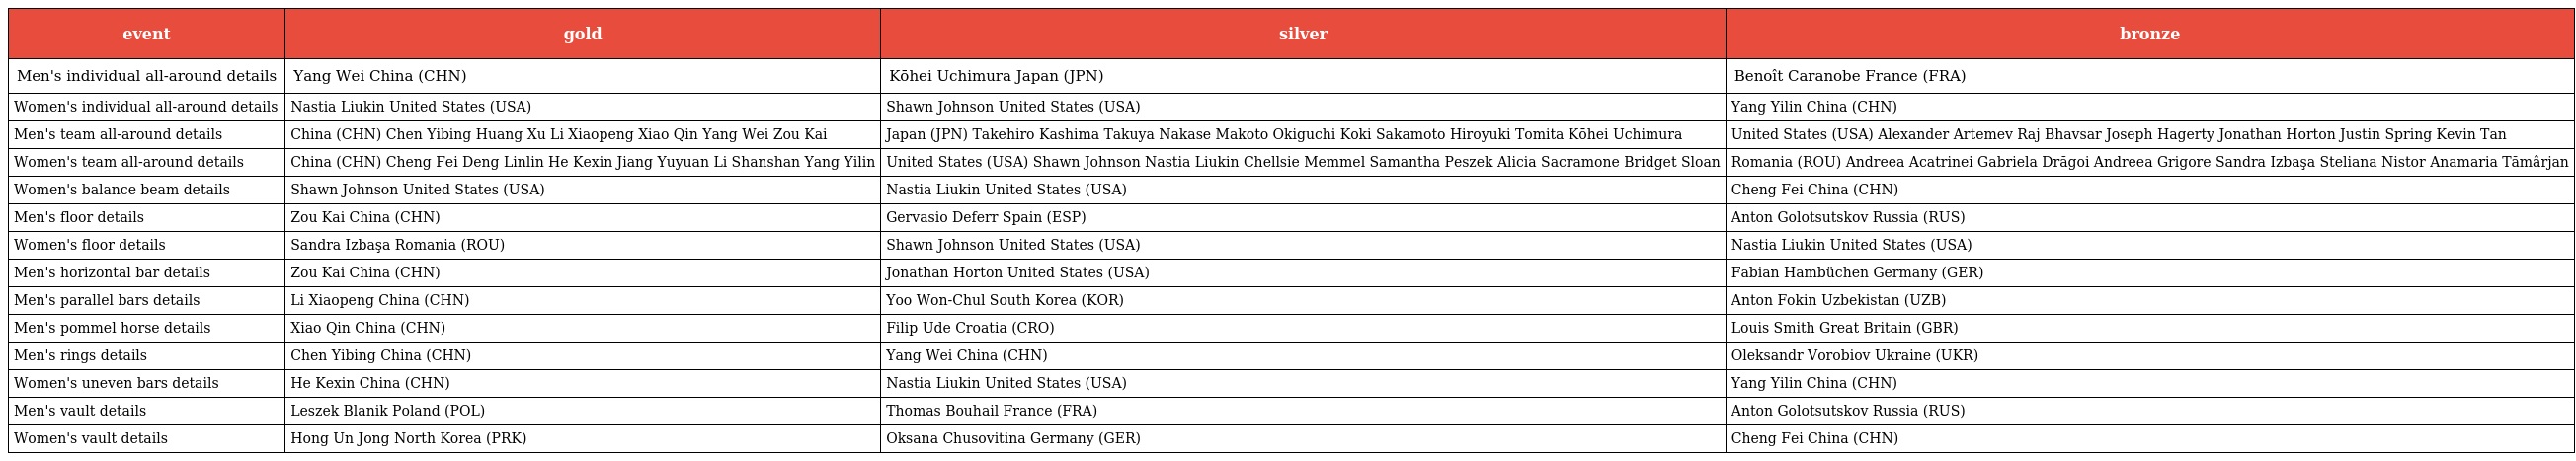
| event | gold | silver | bronze |
 | --- | --- | --- | --- |
 | Men's individual all-around details | Yang Wei China (CHN) | Kōhei Uchimura Japan (JPN) | Benoît Caranobe France (FRA) |
 | Women's individual all-around details | Nastia Liukin United States (USA) | Shawn Johnson United States (USA) | Yang Yilin China (CHN) |
 | Men's team all-around details | China (CHN) Chen Yibing Huang Xu Li Xiaopeng Xiao Qin Yang Wei Zou Kai | Japan (JPN) Takehiro Kashima Takuya Nakase Makoto Okiguchi Koki Sakamoto Hiroyuki Tomita Kōhei Uchimura | United States (USA) Alexander Artemev Raj Bhavsar Joseph Hagerty Jonathan Horton Justin Spring Kevin Tan |
 | Women's team all-around details | China (CHN) Cheng Fei Deng Linlin He Kexin Jiang Yuyuan Li Shanshan Yang Yilin | United States (USA) Shawn Johnson Nastia Liukin Chellsie Memmel Samantha Peszek Alicia Sacramone Bridget Sloan | Romania (ROU) Andreea Acatrinei Gabriela Drăgoi Andreea Grigore Sandra Izbaşa Steliana Nistor Anamaria Tămârjan |
 | Women's balance beam details | Shawn Johnson United States (USA) | Nastia Liukin United States (USA) | Cheng Fei China (CHN) |
 | Men's floor details | Zou Kai China (CHN) | Gervasio Deferr Spain (ESP) | Anton Golotsutskov Russia (RUS) |
 | Women's floor details | Sandra Izbaşa Romania (ROU) | Shawn Johnson United States (USA) | Nastia Liukin United States (USA) |
 | Men's horizontal bar details | Zou Kai China (CHN) | Jonathan Horton United States (USA) | Fabian Hambüchen Germany (GER) |
 | Men's parallel bars details | Li Xiaopeng China (CHN) | Yoo Won-Chul South Korea (KOR) | Anton Fokin Uzbekistan (UZB) |
 | Men's pommel horse details | Xiao Qin China (CHN) | Filip Ude Croatia (CRO) | Louis Smith Great Britain (GBR) |
 | Men's rings details | Chen Yibing China (CHN) | Yang Wei China (CHN) | Oleksandr Vorobiov Ukraine (UKR) |
 | Women's uneven bars details | He Kexin China (CHN) | Nastia Liukin United States (USA) | Yang Yilin China (CHN) |
 | Men's vault details | Leszek Blanik Poland (POL) | Thomas Bouhail France (FRA) | Anton Golotsutskov Russia (RUS) |
 | Women's vault details | Hong Un Jong North Korea (PRK) | Oksana Chusovitina Germany (GER) | Cheng Fei China (CHN) |